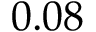
0 . 0 8